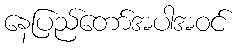
နေပြည်တော်အပါအဝင်